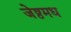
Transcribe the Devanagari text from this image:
जेष्ठमध